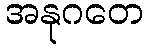
အနုဂတေ